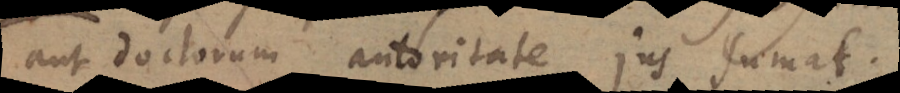
aut doctorum autoritate jus sumat.